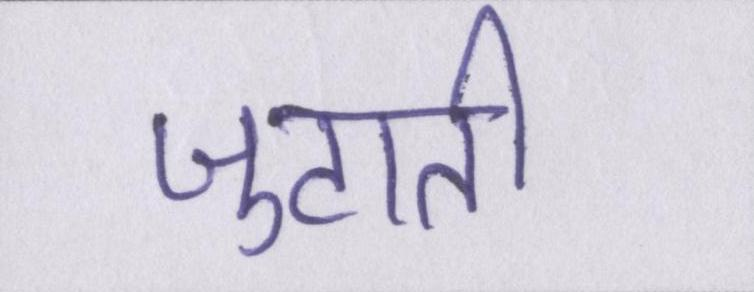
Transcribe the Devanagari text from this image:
जुटाती